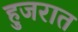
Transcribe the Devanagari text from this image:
हुजरात